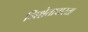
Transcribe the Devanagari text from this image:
निश्चेतावास्ता